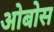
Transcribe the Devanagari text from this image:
ओबोस